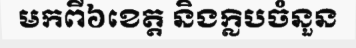
មកពី៦ខេត្ត និងក្លិបចំនួន